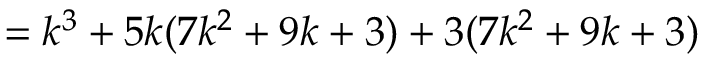
= k ^ { 3 } + 5 k ( 7 k ^ { 2 } + 9 k + 3 ) + 3 ( 7 k ^ { 2 } + 9 k + 3 )